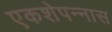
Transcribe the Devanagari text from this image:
एकशेपन्‍नास